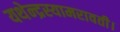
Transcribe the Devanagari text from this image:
यथेन्‍द्रस्‍यामरावती।